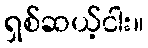
ရှစ်ဆယ့်ငါး။